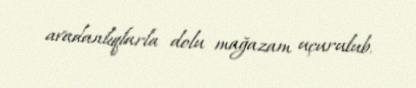
avadanlıqlarla dolu mağazam uçurulub.